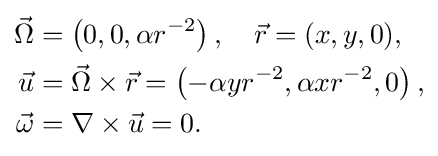
{\begin{aligned}{\vec {\Omega }}&=\left(0,0,\alpha r^{-2}\right),\quad {\vec {r}}=(x,y,0),\\{\vec {u}}&={\vec {\Omega }}\times {\vec {r}}=\left(-\alpha yr^{-2},\alpha xr^{-2},0\right),\\{\vec {\omega }}&=\nabla \times {\vec {u}}=0.\end{aligned}}